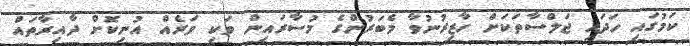
ކަމުގައި ހަދައި ޖަލްސާތަކަށް ހާޒިރުނުވާ މެބަރުންގެ މުސާރައިން ވަކި ވަރެއް އުނިކޮށް ދާއިރާތައް